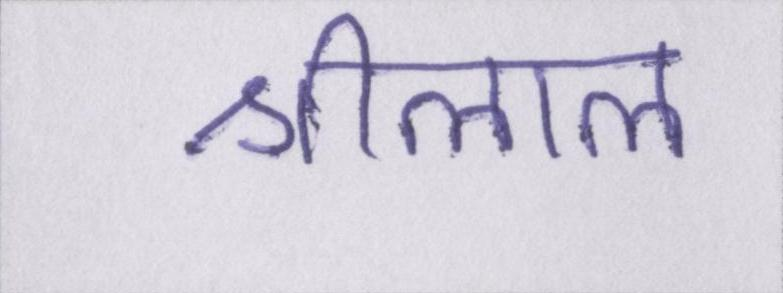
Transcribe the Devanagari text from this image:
श्रीलाल